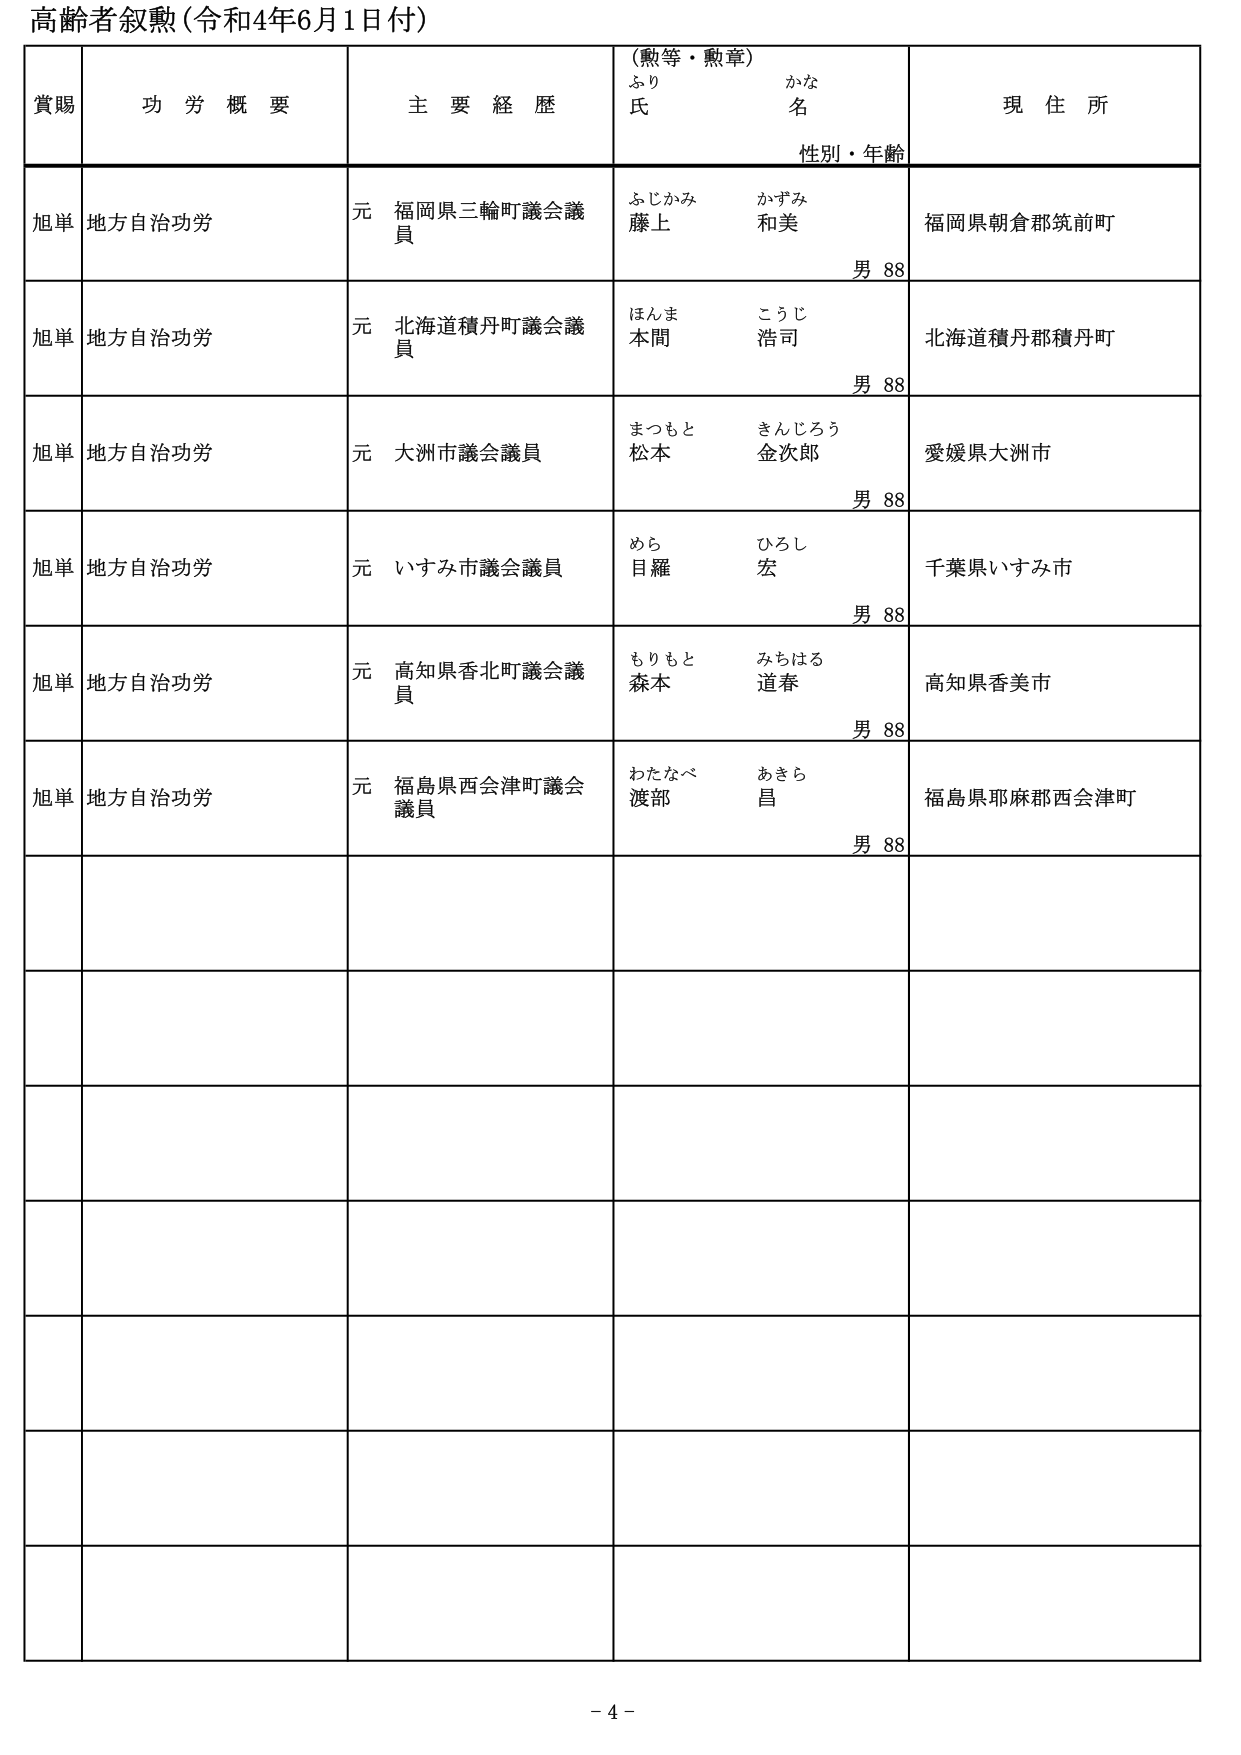
高齢者叙勲（令和4年6月1日付）

賞賜　　功労概要　　主要経歴　　（勲等・勲章）　　現住所
　　　　　　　　　　　　　ふり　　かな
　　　　　　　　　　　　　氏　　　名
　　　　　　　　　　　　　性別・年齢

旭単　地方自治功労　　元 福岡県三輪町議会議員　　ふじかみ　かずみ　　福岡県朝倉郡筑前町
　　　　　　　　　　　　　　　　　　　　　　　　藤上　和美　　　　　　男 88

旭単　地方自治功労　　元 北海道積丹町議会議員　　ほんま　こうじ　　北海道積丹郡積丹町
　　　　　　　　　　　　　　　　　　　　　　　　本間　浩司　　　　　　男 88

旭単　地方自治功労　　元 大洲市議会議員　　　　まつもと　きんじろう　　愛媛県大洲市
　　　　　　　　　　　　　　　　　　　　　　　　松本　金次郎　　　　　　男 88

旭単　地方自治功労　　元 いすみ市議会議員　　　　めら　ひろし　　千葉県いすみ市
　　　　　　　　　　　　　　　　　　　　　　　　目羅　宏　　　　　　男 88

旭単　地方自治功労　　元 高知県香北町議会議員　　もりもと　みちはる　　高知県香美市
　　　　　　　　　　　　　　　　　　　　　　　　森本　道春　　　　　　男 88

旭単　地方自治功労　　元 福島県西会津町議会議員　　わたなべ　あきら　　福島県耶麻郡西会津町
　　　　　　　　　　　　　　　　　　　　　　　　渡部　昌　　　　　　男 88

- 4 -